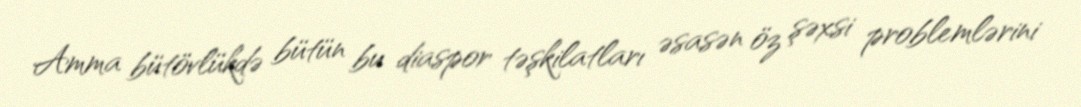
Amma bütövlükdə bütün bu diaspor təşkilatları əsasən öz şəxsi problemlərini